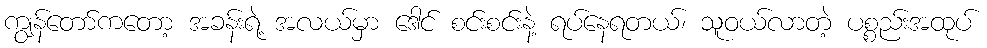
ကျွန်တော်ကတော့ အခန်းရဲ့ အလယ်မှာ ဒေါင် စင်းစင်းနဲ့ ရပ်နေရတယ်၊ သူဝယ်လာတဲ့ ပစ္စည်းအထုပ်